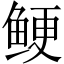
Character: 鲠